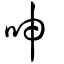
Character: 呻